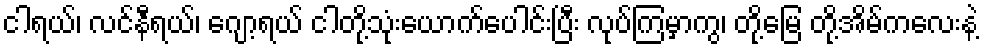
ငါရယ်၊ လင်နီရယ်၊ ဂျော့ရယ် ငါတို့သုံးယောက်ပေါင်းပြီး လုပ်ကြမှာကွ၊ တို့မြေ တို့အိမ်ကလေးနဲ့